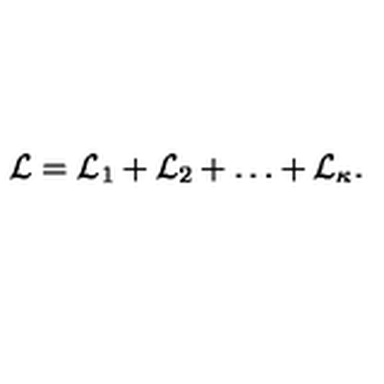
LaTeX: { \cal L } = { \cal L } _ { 1 } + { \cal L } _ { 2 } + \ldots + { \cal L } _ { \kappa } .